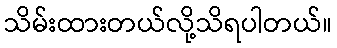
သိမ်းထားတယ်လို့သိရပါတယ်။